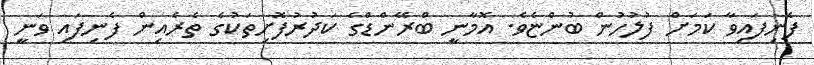
ފެނިފައިވާ ކަމަށް ފުލުހުން ބުންޏެވެ. އޮމާނީ ބްރޭންޑްގެ ކަދުރުފޮށިތަކުގެ ތެރެއިން ފެނިފައި ވަނީ